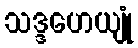
သဒ္ဒဟေယျုံ